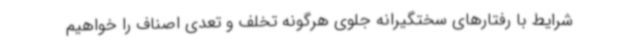
شرایط با رفتارهای سختگیرانه جلوی هرگونه تخلف و تعدی اصناف را خواهیم